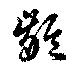
齡